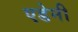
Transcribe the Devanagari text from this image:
एडेनी